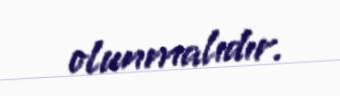
olunmalıdır.